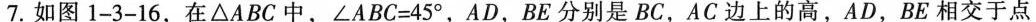
7.如图1-3-16，在△ABC中，$$∠ A B C = 4 5 °$$，AD，BE分别是BC，AC边上的高，AD，BE相交于点